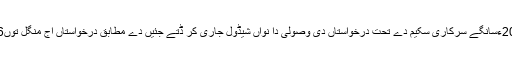
24 فروری (اے پی پی)وزارت مذہبی امور ’ حج2020ءسانگے سرکاری سکیم دے تحت درخواستاں دی وصولی دا نواں شیڈول جاری کر ڈتے جئیں دے مطابق درخواستاں اج منگل توں6مارچ تئیں سارے قومی بینکاں اچ وصول کیتی ویسن۔